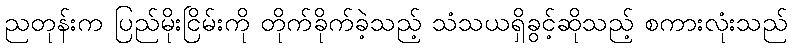
ညတုန်းက ပြည်မိုးငြိမ်းကို တိုက်ခိုက်ခဲ့သည့် သံသယရှိခွင့်ဆိုသည့် စကားလုံးသည်